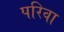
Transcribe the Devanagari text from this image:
परिवा